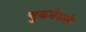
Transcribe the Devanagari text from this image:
चुकनेवाले